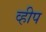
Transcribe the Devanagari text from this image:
व्हीप